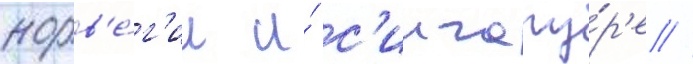
норв'е́г'ии и́ с'ингапу́р'е //